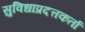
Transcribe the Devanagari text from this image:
सुविधाप्रदत्तकर्ता